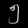
Digit: ၅